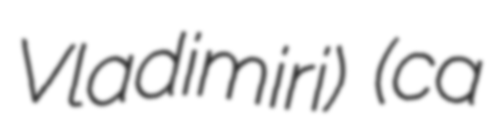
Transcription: Vladimiri) (ca